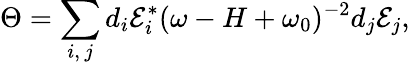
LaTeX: \Theta=\sum_{i,\, j}d_{i}\mathcal{E}_{i}^{\ast}(\omega-H+\omega_{0})^{-2}d_{j}\mathcal{E}_{j},